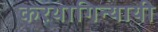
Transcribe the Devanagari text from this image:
करथागिन्यायी